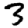
Digit: 3